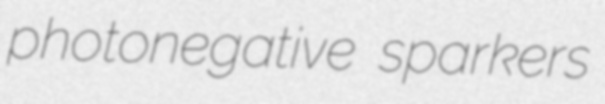
photonegative sparkers